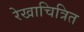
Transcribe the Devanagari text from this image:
रेखाचित्रित